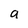
Character: a